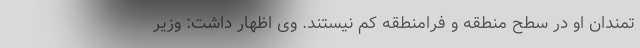
تمندان او در سطح منطقه و فرامنطقه کم نیستند. وی اظهار داشت: وزیر